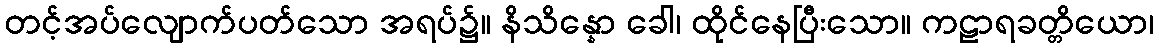
တင့်အပ်လျောက်ပတ်သော အရပ်၌။ နိသိန္နော ခေါ၊ ထိုင်နေပြီးသော။ ကဠာရခတ္တိယော၊